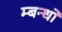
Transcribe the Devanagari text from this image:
म्बन्धों